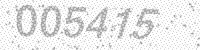
Solution: 005415